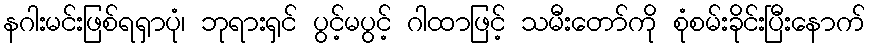
နဂါးမင်းဖြစ်ရရှာပုံ၊ ဘုရားရှင် ပွင့်မပွင့် ဂါထာဖြင့် သမီးတော်ကို စုံစမ်းခိုင်းပြီးနောက်